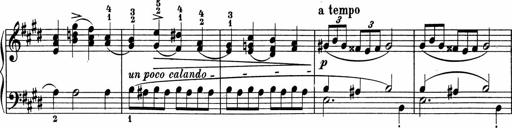
Title: 5 Sonatinen fÃ¼r die Jugend
Composer: Carl Reinecke